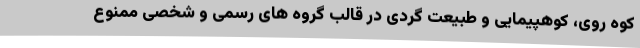
کوه روی، کوهپیمایی و طبیعت گردی در قالب گروه های رسمی و شخصی ممنوع